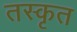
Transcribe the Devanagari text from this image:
तस्कृत